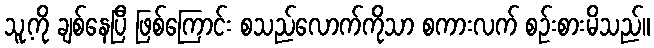
သူ့ကို ချစ်နေပြီ ဖြစ်ကြောင်း စသည်လောက်ကိုသာ စကားလက် စဉ်းစားမိသည်။